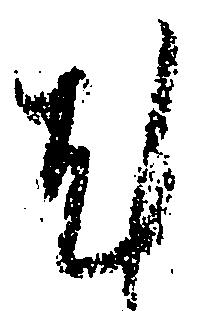
尤